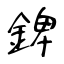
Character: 錍